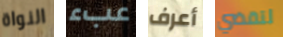
النواة عبء أعرف لتقضي